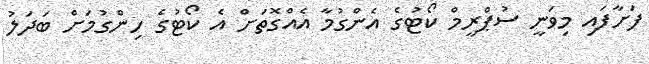
ފަށާފައި މިވަނީ ސުޕްރީމް ކޯޓުގެ އެންގުމާ އެއްގޮތަށް އެ ކޯޓުގެ ހިންގުމަށް ބަދަލު